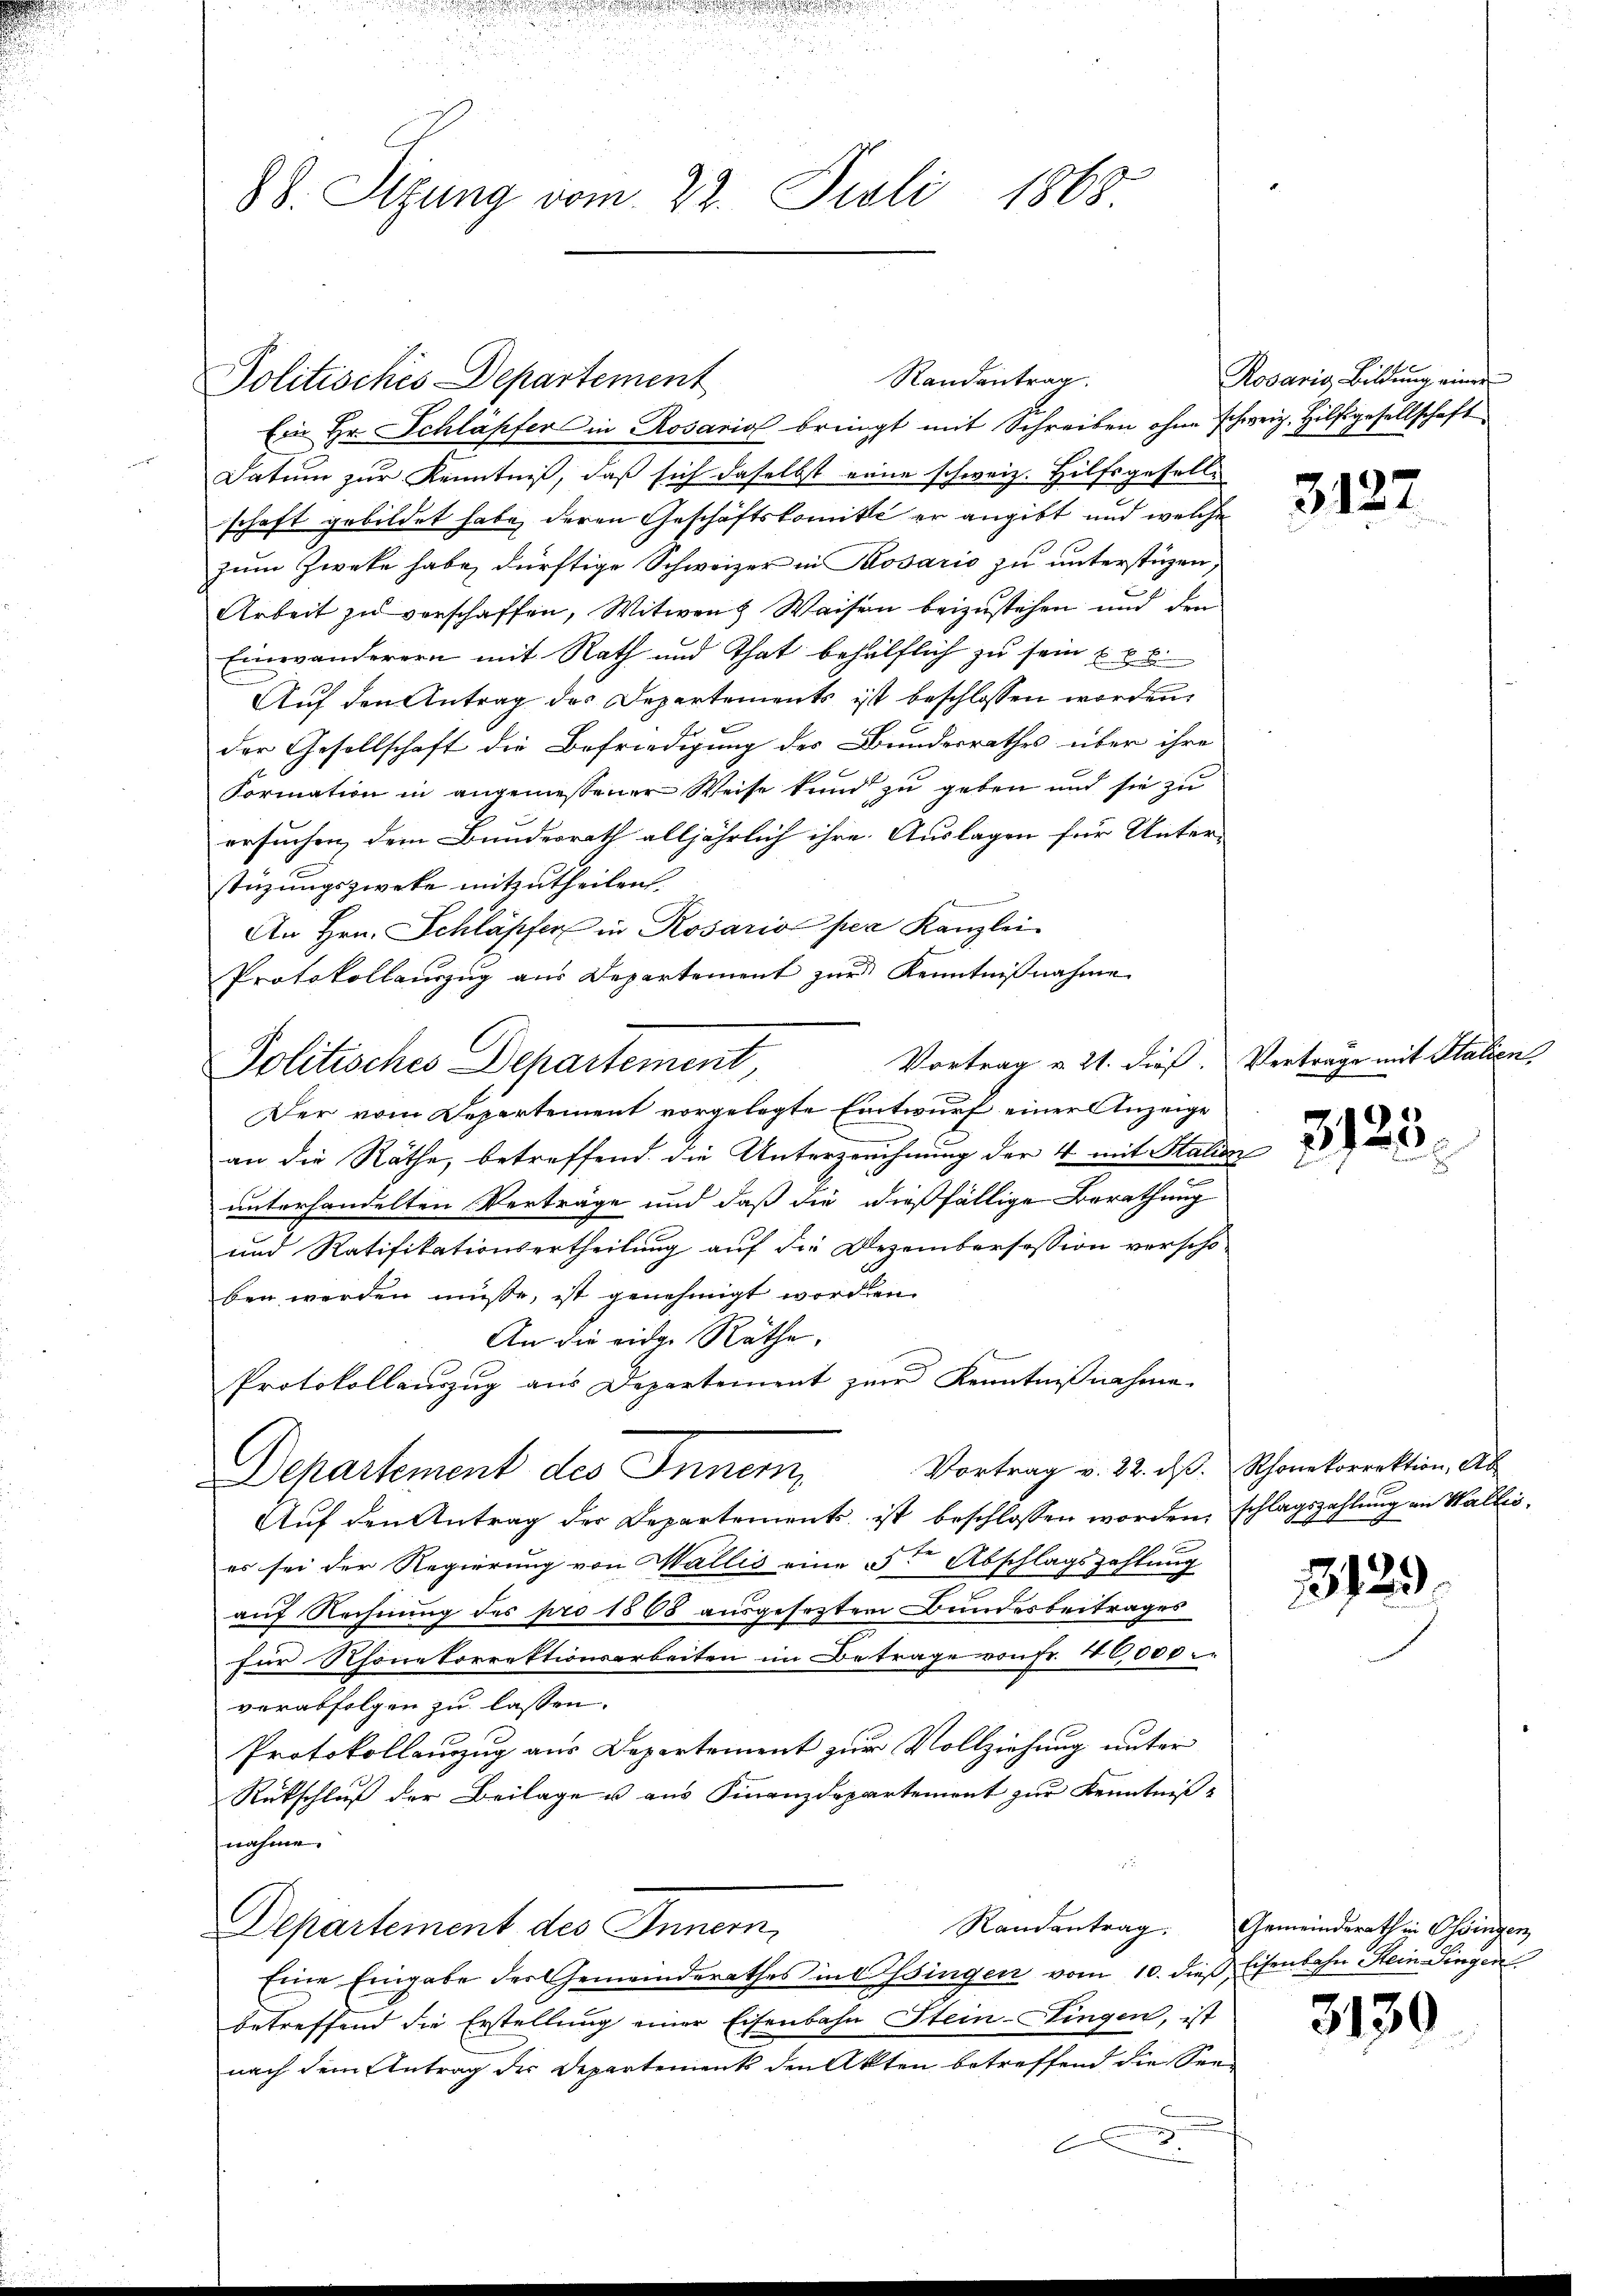
88. Sitzung vom 22. Juli 1868

Politisches Departement

Ein Hr. Schläpfer in Rosario bringt mit Schreiben ohne schweiz. Hilfsgesellschaft
Datum zur Kenntniß, daß sich daselbst eine schweiz. Hilfsgesell-
schaft gebildet habe, deren Geschäftskomite er angibt und welche
zum Zwecke habe, dürftige Schweizer in Rosario zu unterstüzen
Arbeit zu verschaffen, Witwen Waisen beizustehen und den
Einwanderern mit Rath und That behülflich zu sein u. v. 6.
Auf den Antrag des Departements ist beschlossen worden.

der Gesellschaft die Befriedigung des Bundesrathes über ihre
Formation in angemessener Weise kund zu geben und sie zu
ersuchen dem Bundesrath alljährlich ihre Auslagen für Unter-
stüzungszwecke mitzutheilen.
An Hrn. Schläpfer in Rosario per Kanzlei
Protokollaŭszŭg aŭs Departement zŭr Kenntniβnahme
Vortrag u. 21. dieß. Verträge mit Italien-
Politisches Departement
Der vom Departement vorgelegte Entwurf einer Anzeige
an die Räthe, betreffend die Unterzeichnung der 4 mit Statte
unterhandelten Verträge und daß die dießfällige Berathung
und Ratifikationsertheilung auf die Dezembersession verscho-
ben werden müsse, ist genehmigt worden.
An die eidg. Räthe,
Protokollanzug aus Departement zur Kenntnißnahme.
Vortrag v. 22. dβ. Rhonekorrektion, Ab
Departement des Inner
Auf den Antrag der Departements ist beschlossen worden, schlagszahlung an Wallises sei der Regierung von Wallis eine Fr Abschlagszahlung
auf Rechnung des pro 1868 ausgesetztem Bundesbeitrages
für Rhonetorrektionsarbeiten im Betrage von Fr. 40,000.
verabfolgen zu lassen.
Protokollanzug aus Departement zur Vollziehung unter
Rütschluß der Beilage u aus Finanzdepartement zur Kenntniß
nahme.

Departement des Innern,
Eine Eingabe der Gemeinderathes in Ossingen vom 10. dieß, Eisenbahn Stein Singen
betreffend die Erstellung einer Eisenbahn Stein-Singen, ist
nach dem Antrag der Departement den Akten betreffend die Seee

Randantrag

Kosaris Bildung einer

3122

1129.

Randentrag. Gemeinderath in Ossingen

3130